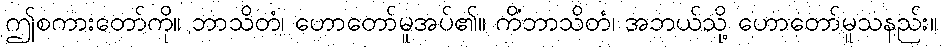
ဤစကားတော်ကို။ ဘာသိတံ၊ ဟောတော်မူအပ်၏။ ကိံဘာသိတံ၊ အဘယ်သို့ ဟောတော်မူသနည်း။